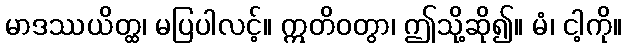
မာဒဿယိတ္ထ၊ မပြပါလင့်။ ဣတိဝတွာ၊ ဤသို့ဆို၍။ မံ၊ ငါ့ကို။